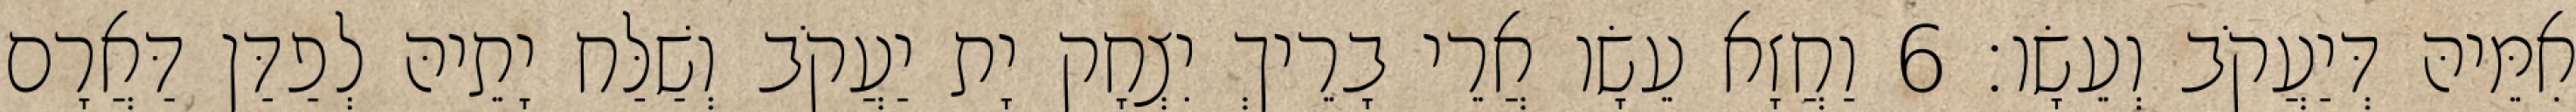
אִמֵּיהּ דְּיַעֲקֹב וְעֵשָׂו׃ 6 וַחֲזָא עֵשָׂו אֲרֵי בָרֵיךְ יִצְחָק יָת יַעֲקֹב וְשַׁלַּח יָתֵיהּ לְפַדַּן דַּאֲרָם